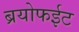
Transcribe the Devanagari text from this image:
ब्रयोफईट